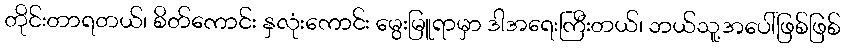
တိုင်းတာရတယ်၊ စိတ်ကောင်း နှလုံးကောင်း မွေးမြူရာမှာ ဒါအရေးကြီးတယ်၊ ဘယ်သူ့အပေါ်ဖြစ်ဖြစ်